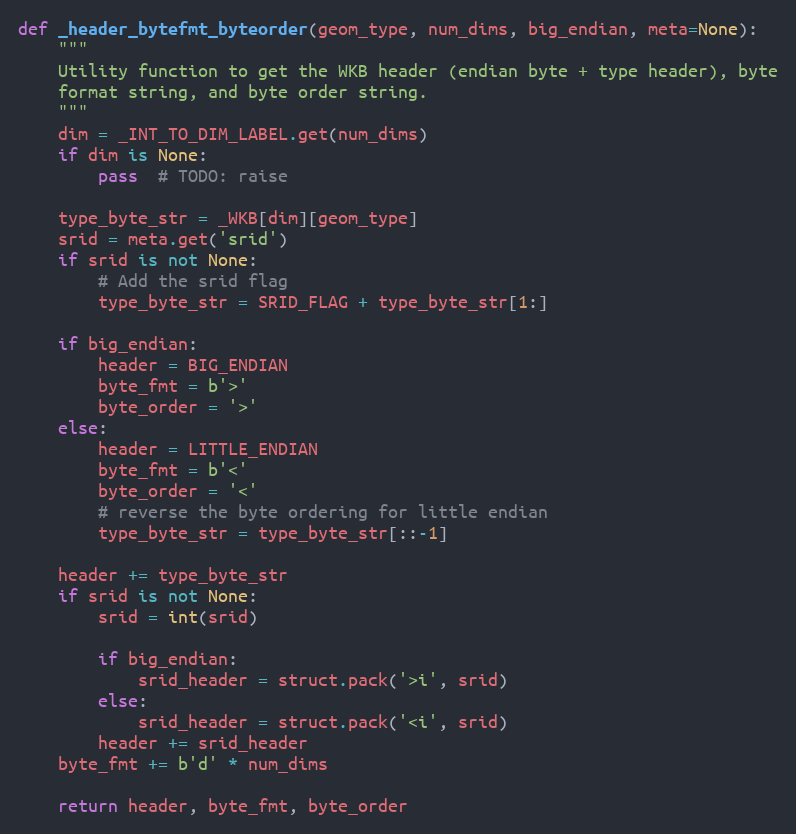
Language: Python
def _header_bytefmt_byteorder(geom_type, num_dims, big_endian, meta=None):
    """
    Utility function to get the WKB header (endian byte + type header), byte
    format string, and byte order string.
    """
    dim = _INT_TO_DIM_LABEL.get(num_dims)
    if dim is None:
        pass  # TODO: raise

    type_byte_str = _WKB[dim][geom_type]
    srid = meta.get('srid')
    if srid is not None:
        # Add the srid flag
        type_byte_str = SRID_FLAG + type_byte_str[1:]

    if big_endian:
        header = BIG_ENDIAN
        byte_fmt = b'>'
        byte_order = '>'
    else:
        header = LITTLE_ENDIAN
        byte_fmt = b'<'
        byte_order = '<'
        # reverse the byte ordering for little endian
        type_byte_str = type_byte_str[::-1]

    header += type_byte_str
    if srid is not None:
        srid = int(srid)

        if big_endian:
            srid_header = struct.pack('>i', srid)
        else:
            srid_header = struct.pack('<i', srid)
        header += srid_header
    byte_fmt += b'd' * num_dims

    return header, byte_fmt, byte_order